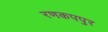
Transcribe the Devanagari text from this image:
रणकपपुर